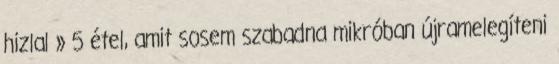
hizlal » 5 étel, amit sosem szabadna mikróban újramelegíteni